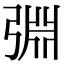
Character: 𢏮